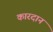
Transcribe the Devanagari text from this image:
कारदान